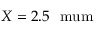
X = 2 . 5 ~ \mathrm { \ m u m }